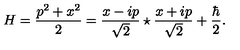
H = { \frac { p ^ { 2 } + x ^ { 2 } } { 2 } } = \frac { x - i p } { \sqrt { 2 } } \star \frac { x + i p } { \sqrt { 2 } } + { \frac { \hbar } { 2 } } .